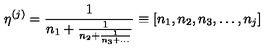
\eta ^ { ( j ) } = \frac { 1 } { n _ { 1 } + \frac { 1 } { n _ { 2 } + \frac { 1 } { n _ { 3 } + \ldots } } } \equiv [ n _ { 1 } , n _ { 2 } , n _ { 3 } , \ldots , n _ { j } ]